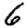
Digit: 6